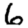
Digit: 6